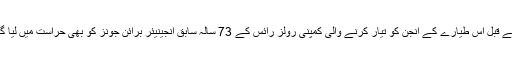
اس سے قبل اس طیارے کے انجن کو تیار کرنے والی کمپنی رولز رائس کے 73 سالہ سابق انجینیئر برائن جونز کو بھی حراست میں لیا گیا تھا۔